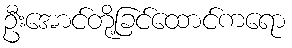
ဦးအောင်တို့ခြင်ထောင်ကရော